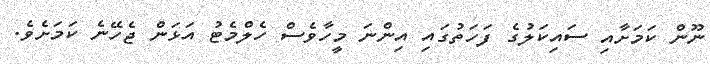
ނޫން ކަމަށާއި ސައިކަލުގެ ފަހަތުގައި އިންނަ މީހާވެސް ހެލްމެޓު އަޅަން ޖެހޭނެ ކަމަށެވެ.